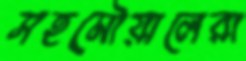
সহমৌয়ালেরা